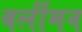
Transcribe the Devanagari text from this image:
बर्लीमन